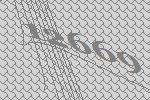
12669